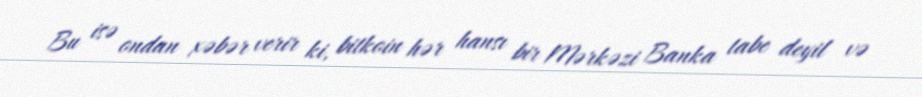
Bu isə ondan xəbər verir ki, bitkoin hər hansı bir Mərkəzi Banka tabe deyil və